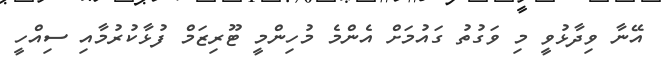
އޭނާ ވިދާޅުވީ މި ވަގުތު ގައުމަށް އެންމެ މުހިންމީ ޓޫރިޒަމް ފުޅާކުރުމާއި ސިއްހީ